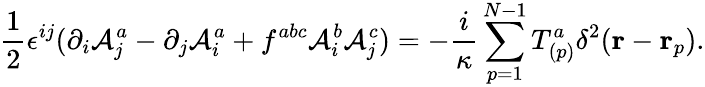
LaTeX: \frac{1}{2}\epsilon^{ij}(\partial_{i}{\cal A}_{j}^{a}-\partial_{j}{\cal A}_{i}^{a}+f^{abc}{\cal A}_{i}^{b}{\cal A}_{j}^{c})=-\frac{i}{\kappa}\sum_{p=1}^{N-1}T_{(p)}^{a}\delta^{2}({\mathbf r}-{\mathbf r}_{p}).